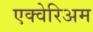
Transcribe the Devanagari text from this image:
एक्वेरिअम